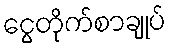
ငွေတိုက်စာချုပ်